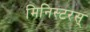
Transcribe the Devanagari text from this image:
मिनिस्टरस्